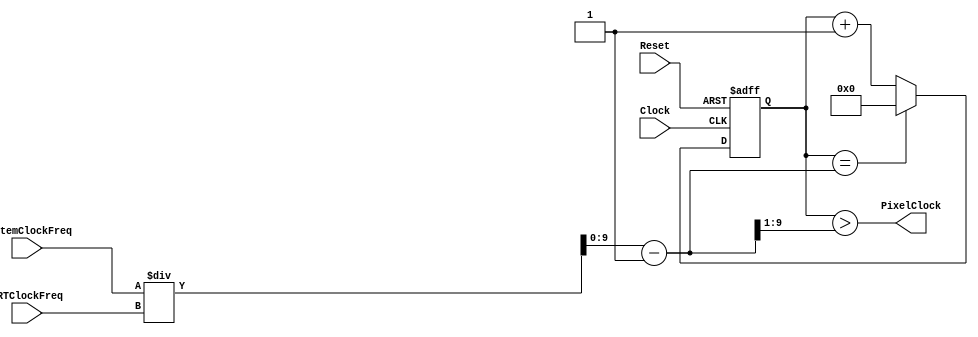
`timescale 1ns / 1ps
// Modified by:	Adam Michael, CM1884
//						Mohammad Almisbaa, CM2060
// Summary:			This is just a square wave generator.

//Generate 25MHz VGA clock from a SystemClock
//SystemClockFreq and CRTClockFreq are input parameters in MHz
//ECE333 Fall 2015
//Term Project on Pong game on VGA
//this is a template to be completed by students

module CRTClock(SystemClockFreq, CRTClockFreq, PixelClock, Reset, Clock);

	parameter SystemClockSize=10;

	input  [SystemClockSize-1:0] SystemClockFreq;
	input  [SystemClockSize-1:0] CRTClockFreq;
	output PixelClock;
	input  Reset;
	input  Clock;

	reg  [SystemClockSize-1:0] counter;
	wire [SystemClockSize-1:0] MaxCounter;
	
	assign MaxCounter = (SystemClockFreq / CRTClockFreq) - 1;
	assign PixelClock = counter > (MaxCounter >> 1);
	
	always @ (posedge Clock or posedge Reset)
		if (Reset) counter <= 0;
		else begin
			if (counter == MaxCounter) counter <= 0;
			else counter <= counter + 1'd1;
			end
endmodule